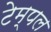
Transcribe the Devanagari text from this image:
टेम्‍पल